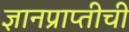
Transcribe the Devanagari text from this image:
ज्ञानप्राप्तीची